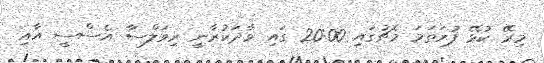
މިރޭ ކުޅޭ ފުރަތަމަ މެޗުގައި 20:00 ގައި ވާދަކުރާނީ ރިވަލްސާ އެސްސީ އާއި